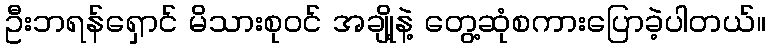
ဦးဘရန်ရှောင် မိသားစုဝင် အချို့နဲ့ တွေ့ဆုံစကားပြောခဲ့ပါတယ်။